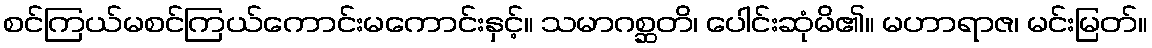
စင်ကြယ်မစင်ကြယ်ကောင်းမကောင်းနှင့်။ သမာဂစ္ဆတိ၊ ပေါင်းဆုံမိ၏။ မဟာရာဇ၊ မင်းမြတ်။